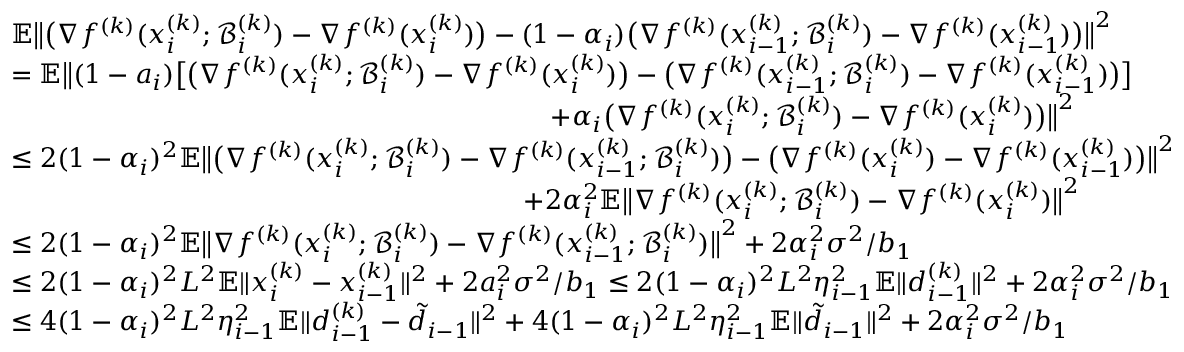
\begin{array} { r l } & { \mathbb { E } \big \| \big ( \nabla f ^ { ( k ) } ( x _ { i } ^ { ( k ) } ; \mathcal { B } _ { i } ^ { ( k ) } ) - \nabla f ^ { ( k ) } ( x _ { i } ^ { ( k ) } ) \big ) - ( 1 - \alpha _ { i } ) \big ( \nabla f ^ { ( k ) } ( x _ { i - 1 } ^ { ( k ) } ; \mathcal { B } _ { i } ^ { ( k ) } ) - \nabla f ^ { ( k ) } ( x _ { i - 1 } ^ { ( k ) } ) \big ) \big \| ^ { 2 } } \\ & { = \mathbb { E } \big \| ( 1 - a _ { i } ) \big [ \big ( \nabla f ^ { ( k ) } ( x _ { i } ^ { ( k ) } ; \mathcal { B } _ { i } ^ { ( k ) } ) - \nabla f ^ { ( k ) } ( x _ { i } ^ { ( k ) } ) \big ) - \big ( \nabla f ^ { ( k ) } ( x _ { i - 1 } ^ { ( k ) } ; \mathcal { B } _ { i } ^ { ( k ) } ) - \nabla f ^ { ( k ) } ( x _ { i - 1 } ^ { ( k ) } ) \big ) \big ] } \\ & { \qquad \qquad \qquad \qquad \qquad \qquad \qquad \qquad \qquad \qquad + \alpha _ { i } \big ( \nabla f ^ { ( k ) } ( x _ { i } ^ { ( k ) } ; \mathcal { B } _ { i } ^ { ( k ) } ) - \nabla f ^ { ( k ) } ( x _ { i } ^ { ( k ) } ) \big ) \big \| ^ { 2 } } \\ & { \leq 2 ( 1 - \alpha _ { i } ) ^ { 2 } \mathbb { E } \big \| \big ( \nabla f ^ { ( k ) } ( x _ { i } ^ { ( k ) } ; \mathcal { B } _ { i } ^ { ( k ) } ) - \nabla f ^ { ( k ) } ( x _ { i - 1 } ^ { ( k ) } ; \mathcal { B } _ { i } ^ { ( k ) } ) \big ) - \big ( \nabla f ^ { ( k ) } ( x _ { i } ^ { ( k ) } ) - \nabla f ^ { ( k ) } ( x _ { i - 1 } ^ { ( k ) } ) \big ) \big \| ^ { 2 } } \\ & { \qquad \qquad \qquad \qquad \quad \qquad \qquad \qquad \qquad \qquad + 2 \alpha _ { i } ^ { 2 } \mathbb { E } \big \| \nabla f ^ { ( k ) } ( x _ { i } ^ { ( k ) } ; \mathcal { B } _ { i } ^ { ( k ) } ) - \nabla f ^ { ( k ) } ( x _ { i } ^ { ( k ) } ) \big \| ^ { 2 } } \\ & { \leq 2 ( 1 - \alpha _ { i } ) ^ { 2 } \mathbb { E } \big \| \nabla f ^ { ( k ) } ( x _ { i } ^ { ( k ) } ; \mathcal { B } _ { i } ^ { ( k ) } ) - \nabla f ^ { ( k ) } ( x _ { i - 1 } ^ { ( k ) } ; \mathcal { B } _ { i } ^ { ( k ) } ) \big \| ^ { 2 } + 2 \alpha _ { i } ^ { 2 } \sigma ^ { 2 } / b _ { 1 } } \\ & { \leq 2 ( 1 - \alpha _ { i } ) ^ { 2 } L ^ { 2 } \mathbb { E } \| x _ { i } ^ { ( k ) } - x _ { i - 1 } ^ { ( k ) } \| ^ { 2 } + 2 a _ { i } ^ { 2 } \sigma ^ { 2 } / b _ { 1 } \leq 2 ( 1 - \alpha _ { i } ) ^ { 2 } L ^ { 2 } \eta _ { i - 1 } ^ { 2 } \mathbb { E } \| d _ { i - 1 } ^ { ( k ) } \| ^ { 2 } + 2 \alpha _ { i } ^ { 2 } \sigma ^ { 2 } / b _ { 1 } } \\ & { \leq 4 ( 1 - \alpha _ { i } ) ^ { 2 } L ^ { 2 } \eta _ { i - 1 } ^ { 2 } \mathbb { E } \| d _ { i - 1 } ^ { ( k ) } - \tilde { d } _ { i - 1 } \| ^ { 2 } + 4 ( 1 - \alpha _ { i } ) ^ { 2 } L ^ { 2 } \eta _ { i - 1 } ^ { 2 } \mathbb { E } \| \tilde { d } _ { i - 1 } \| ^ { 2 } + 2 \alpha _ { i } ^ { 2 } \sigma ^ { 2 } / b _ { 1 } } \end{array}